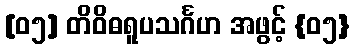
[၀၅] တိဝိဓရူပသင်္ဂဟ အဖွင့် {၀၅}